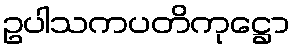
ဥပါသကပတိကုဋ္ဌော